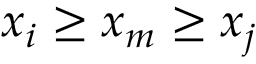
x _ { i } \geq x _ { m } \geq x _ { j }